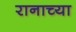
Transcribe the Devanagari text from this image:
रानाच्या